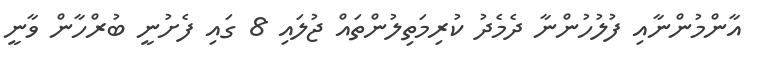
އާންމުންނާއި ފުލުހުންނާ ދެމެދު ކުރިމަތިލުންތައް ޖުލައި 8 ގައި ފެށުނީ ބުރްހާން ވާނީ